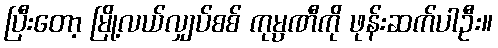
ပြီးတော့ မြို့လယ်လျှပ်စစ် ကုမ္ပဏီကို ဖုန်းဆက်ပါဦး။